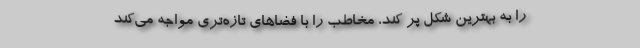
را به بهترین شکل پر کند، مخاطب را با فضاهای تازه‌تری مواجه می‌کند